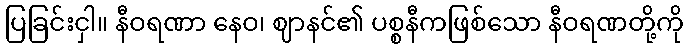
ပြခြင်းငှါ။ နီဝရဏာ နေဝ၊ ဈာနင်၏ ပစ္စနီကဖြစ်သော နီဝရဏတို့ကို